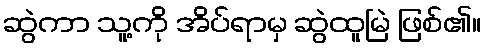
ဆွဲကာ သူ့ကို အိပ်ရာမှ ဆွဲထူမြဲ ဖြစ်၏။